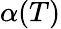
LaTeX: \alpha(T)